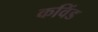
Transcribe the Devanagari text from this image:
कविंड